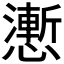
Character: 𭟌